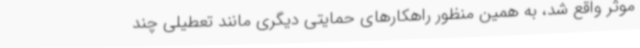
موثر واقع شد، به همین منظور راهکارهای حمایتی دیگری مانند تعطیلی چند